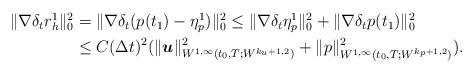
LaTeX: \begin{align*}\begin{aligned}\|\nabla \delta_t r_h^1\|_0^2&=\|\nabla \delta_t(p(t_1)-\eta_p^1)\|_0^2\leq \|\nabla \delta_t\eta_p^1 \|_0^2+\|\nabla \delta_t p(t_1)\|_0^2\\&\leq C (\Delta t)^2(\|\boldsymbol{u}\|_{W^{1,\infty}(t_0,T;W^{k_u+1,2})}^2+\|p\|_{W^{1,\infty}(t_0,T;W^{k_p+1,2})}^2).\end{aligned} \end{align*}